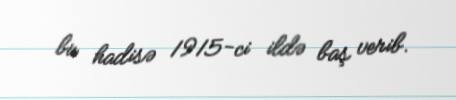
bu hadisə 1915-ci ildə baş verib.